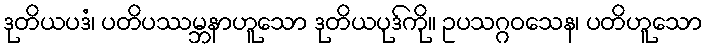
ဒုတိယပဒံ၊ ပတိပဿမ္ဘနာဟူသော ဒုတိယပုဒ်ကို။ ဥပသဂ္ဂဝသေန၊ ပတိဟူသော